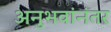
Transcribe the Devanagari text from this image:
अनुभवांनंतर